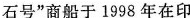
石号”商船于1998年在印